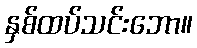
နှစ်ထပ်သင်းဘော။